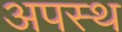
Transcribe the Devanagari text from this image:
अपस्थ